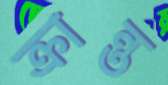
ক্রান্ত